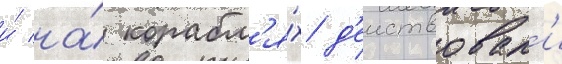
и́ на́ корабл'я́х д'еиствовал'и